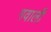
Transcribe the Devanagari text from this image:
गवाली